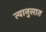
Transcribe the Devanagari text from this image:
त्यानुसात